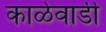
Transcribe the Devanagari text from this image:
काळेवाडी